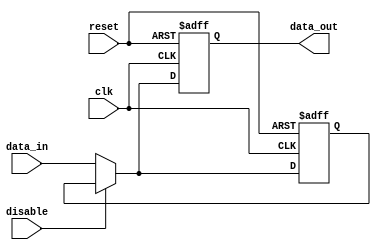
module Disable (
    input wire clk,              // Clock signal
    input wire reset,            // Reset signal
    input wire disable,          // Control signal to disable the block
    input wire [N-1:0] data_in,  // Input data (N-bit wide)
    output reg [N-1:0] data_out  // Output data (N-bit wide)
);
    parameter N = 8;             // Parameter for data width
    reg [N-1:0] last_valid_output; // Register to hold the last valid output

    always @(posedge clk or posedge reset) begin
        if (reset) begin
            data_out <= 0;       // Reset output to 0
            last_valid_output <= 0; // Reset last valid output
        end else if (disable) begin
            // Maintain the last valid output when disabled
            data_out <= last_valid_output;
        end else begin
            // Process input and update output when not disabled
            data_out <= data_in;  // Update output with input
            last_valid_output <= data_in; // Store the last valid output
        end
    end
endmodule